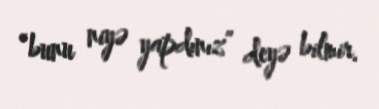
“bunu niyə yapdınız” deyə bilmir.